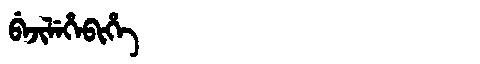
Manchu: ᠪᡝᠵᡳᠯᡝᡥᡝᠪᡳᡥᡝ
Romanization: BEJILEHEBIHE